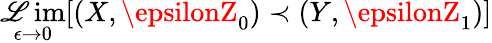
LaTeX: \operatorname*{\mathscr{L}im}_{\epsilon\to0}[(X,\epsilonZ_{0})\prec(Y,\epsilonZ_{1})]